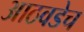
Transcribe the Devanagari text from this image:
आठवडेच